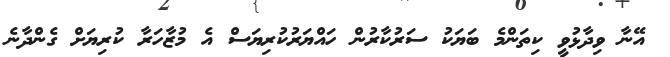
އޭނާ ވިދާޅުވީ ކިތަންމެ ބަޔަކު ސަރުކާރުން ހައްޔަރުކުރިޔަސް އެ މުޒާހަރާ ކުރިޔަށް ގެންދާނެ